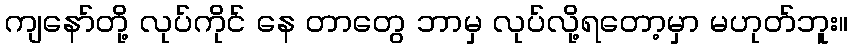
ကျနော်တို့ လုပ်ကိုင် နေ တာတွေ ဘာမှ လုပ်လို့ရတော့မှာ မဟုတ်ဘူး။